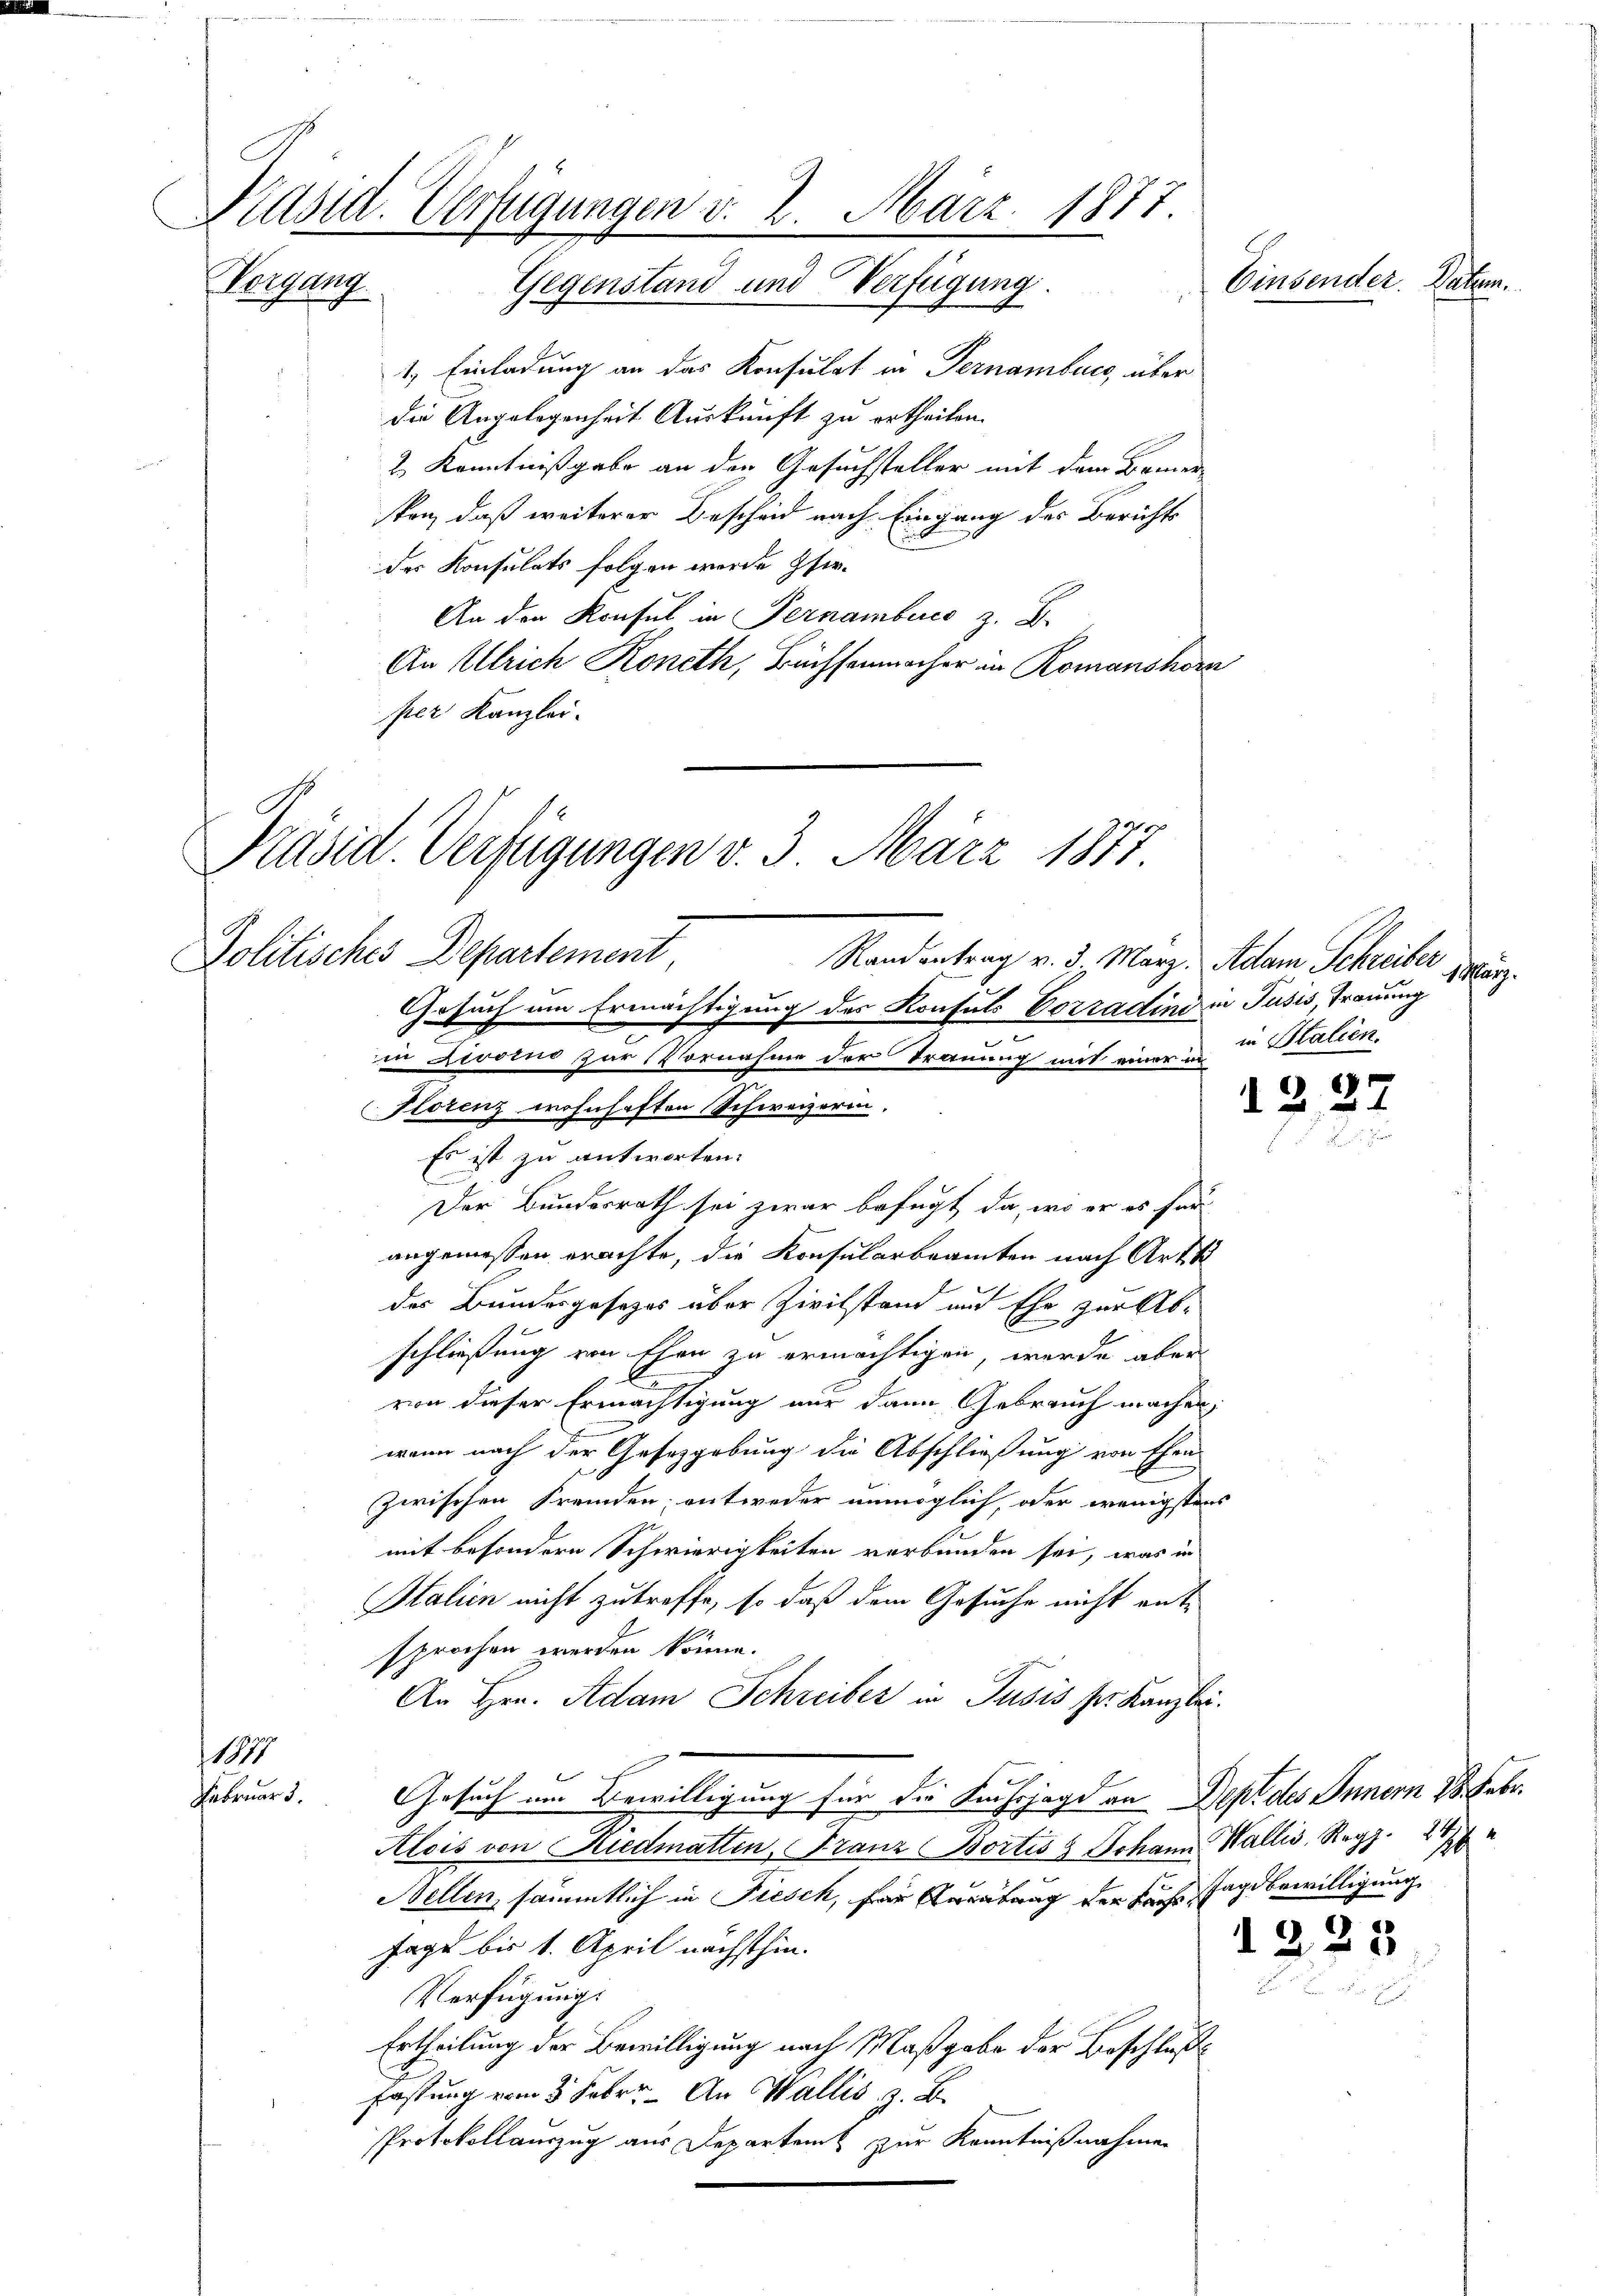
Präsid. Verfügungen v. 2. März. 1877.
Einsender. Datum.
Vorgang.
Gegenstand und Verfügung.

1. Einladung an das Konsulat in Pernamburg, über
die Angelegenheit Auskunft zu ertheilen.
2 Kenntnißgabe an den Gesuchsteller mit dem Bemer
sken, daß weiterer Bescheid nach Eingang des Berichts
der Konsulats folgen werde Isir¬
An den Konsul in Pernamburcs z. B.
An Ulrich Roneth, Bachsenmacher in Romanshorn
per Kanzlei.

Präsid. Verfügungen v. 3. März 1877.
Politisches Departement,
Randantrag v. 3. März, Adam Schreiber

Gesuch um Ermächtigung des Konsuls Corradini in Pusis, Trauung
in Zioino zur Vornahme der Trauung mit einer un
b
Horenz wohnhaften Schweizerin.
Es ist zu antworten.
Der Bundesrath sei zwar befugt, da, wo er es für
angemessen erachte, die Konsularbeamten nach Art si
des Bundesposezes über Zivilstand und Ehe zur Ab-
schließung von Ehen zu ermächtigen, werde aber
von dieser Ermächtigung nur dann Gebrauch machen,
wenn nach der Gesetzgebung die Abschließung von Ehen
zwischen Fremden, entweder unmöglich, oder wenigstens
2
mit besondern Schwierigkeiten verbunden sei, was in
Halien nicht zutreffe, so daß dem Gesuche nicht entsprochen werden könne.
An Hrn. Adam Schreiber in Pusis sr. Kanzlei.
1877
Februar. Gesuch um Bewilligung für die Fuchsjage an Dept des Innern 28. Febr.
Alois von Riedmatten, Franz Bortis & Johann Wallis, Reg
Bellen, sämmtlich in Fiesch, für Ausübung der Fuchstagsbewilligung
sage bis 1. April nächsthin.
Verfügung:
Ertheilung der Bewilligung nach Maßgabe der Beschluße
fassung vom 3. Febr. An Wallis, z. B.
Protokollauszug aus Departem zur Kenntnißnahmen

1 lang.
in Stalien.

1227
r

1

1223